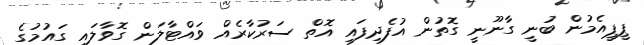
ޕީޕީއެމުން ބުނީ ގާނޫނީ ގޮތުން އުފެދިފައި އޮތް ސަރުކާރެއް ވައްޓާލަން ގޮވާލައި ގައުމުގެ